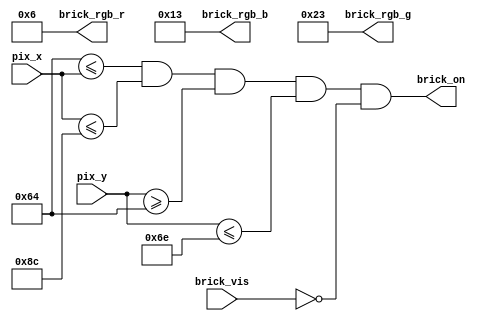
module bricks
	#(
		
		parameter BRICK_LEFT = 100,
		parameter BRICK_RIGHT = 140,
		parameter BRICK_UP = 100,
		parameter BRICK_DOWN = 110,
		parameter BRICK_COLOR_r = 5'b00110,
		parameter BRICK_COLOR_g = 6'b100011,
		parameter BRICK_COLOR_b = 5'b10011
	)
	(
		output brick_on,
		output [4:0] brick_rgb_r,brick_rgb_b,
		output [5:0] brick_rgb_g,
		//input clk,reset,
		input [10:0] pix_x,pix_y,
		input brick_vis
	);
	

	
	assign brick_on = ((BRICK_LEFT <= pix_x) && (pix_x <=  BRICK_RIGHT) &&
					(pix_y >= BRICK_UP) && (pix_y <= BRICK_DOWN)) && (~brick_vis);
					
	assign brick_rgb_r = BRICK_COLOR_r;
	assign brick_rgb_g = BRICK_COLOR_g;
	assign brick_rgb_b = BRICK_COLOR_b;
	
endmodule